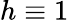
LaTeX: h\equiv 1